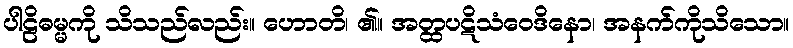
ပါဠိဓမ္မကို သိသည်လည်း။ ဟောတိ၊ ၏။ အတ္ထပဋိသံဝေဒိနော၊ အနက်ကိုသိသော။